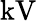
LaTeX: \textrm{kV}